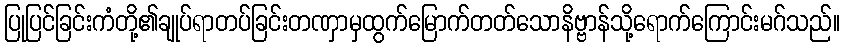
ပြုပြင်ခြင်းကံတို့၏ချုပ်ရာတပ်ခြင်းတဏှာမှထွက်မြောက်တတ်သောနိဗ္ဗာန်သို့ရောက်ကြောင်းမဂ်သည်။